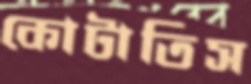
কোটাতিস